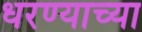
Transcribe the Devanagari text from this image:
धरण्याच्या